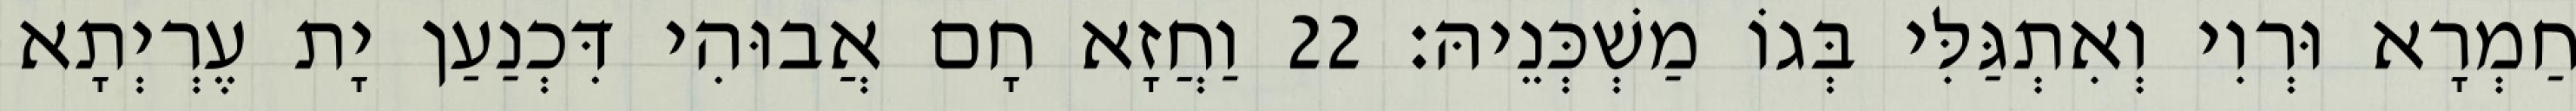
חַמְרָא וּרְוִי וְאִתְגַּלִּי בְּגוֹ מַשְׁכְּנֵיהּ׃ 22 וַחֲזָא חָם אֲבוּהִי דִּכְנַעַן יָת עֶרְיְתָא